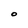
Character: O